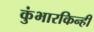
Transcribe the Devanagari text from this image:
कुंभारकिन्ही